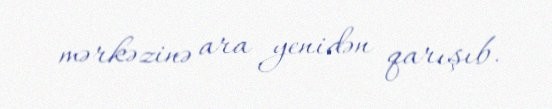
mərkəzinə ara yenidən qarışıb.